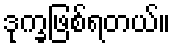
ဒုက္ခဖြစ်ရတယ်။